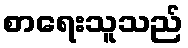
စာရေးသူသည်